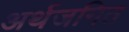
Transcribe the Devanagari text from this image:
अर्थजनित